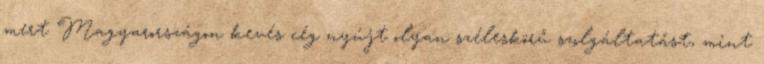
mert Magyarországon kevés cég nyújt olyan széleskörű szolgáltatást, mint